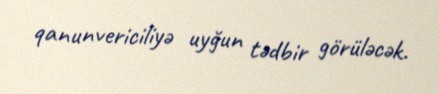
qanunvericiliyə uyğun tədbir görüləcək.